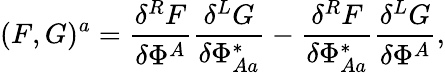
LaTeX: (F,G)^{a}=\frac{\delta^{R}F}{\delta\Phi^{A}}\frac{\delta^{L}G}{\delta\Phi_{Aa}^{*}}-\frac{\delta^{R}F}{\delta\Phi_{Aa}^{*}}\frac{\delta^{L}G}{\delta\Phi^{A}},